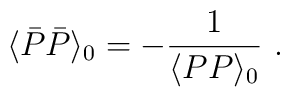
\langle\bar{P}\bar{P}\rangle_0 =-{1\over\langle PP\rangle_0}\ .